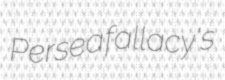
Persea fallacy's